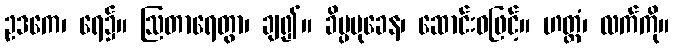
ဥဒကေ၊ ရေ၌။ ဩတာရေတွာ၊ ချ၍။ ခိပ္ပမုခေန၊ ဆောင်းဝဖြင့်။ ဟတ္ထံ၊ လက်ကို။